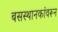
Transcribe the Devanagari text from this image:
बसस्थानकांवरून